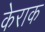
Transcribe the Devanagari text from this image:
केराक